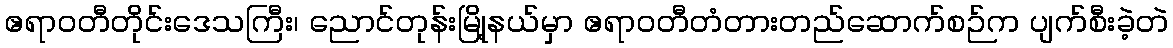
ဧရာဝတီတိုင်းဒေသကြီး၊ ညောင်တုန်းမြို့နယ်မှာ ဧရာဝတီတံတားတည်ဆောက်စဉ်က ပျက်စီးခဲ့တဲ